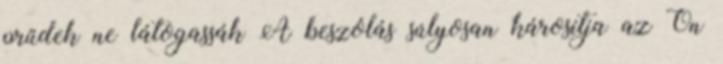
prűdek ne látogassák A beszólás súlyosan károsítja az Ön